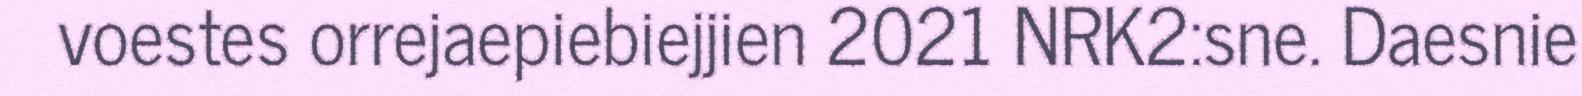
voestes orrejaepiebiejjien 2021 NRK2:sne. Daesnie